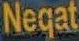
Neqat